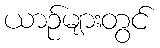
ယာဉ်များတွင်